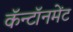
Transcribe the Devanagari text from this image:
कॅन्टॉनमेंट